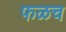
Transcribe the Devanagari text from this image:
फळच